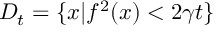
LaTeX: D _ { t } = \{ x | f ^ { 2 } ( x ) < 2 \gamma t \}